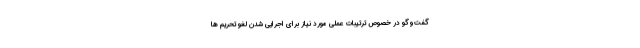
گفت‌وگو در خصوص ترتیبات عملی مورد نیاز برای اجرایی شدن لغو تحریم ها